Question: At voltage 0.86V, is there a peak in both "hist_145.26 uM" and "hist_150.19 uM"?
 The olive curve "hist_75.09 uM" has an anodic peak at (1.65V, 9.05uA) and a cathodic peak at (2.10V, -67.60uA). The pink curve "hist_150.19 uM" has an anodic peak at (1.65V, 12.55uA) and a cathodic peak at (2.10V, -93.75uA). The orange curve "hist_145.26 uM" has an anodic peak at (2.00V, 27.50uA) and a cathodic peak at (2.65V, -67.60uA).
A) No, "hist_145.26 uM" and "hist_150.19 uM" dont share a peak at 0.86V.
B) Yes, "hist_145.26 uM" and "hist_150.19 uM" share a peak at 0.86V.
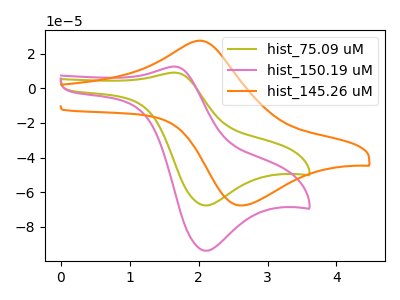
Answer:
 <answer>A) No, "hist_145.26 uM" and "hist_150.19 uM" dont share a peak at 0.86V.</answer>
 <eval>A</eval>